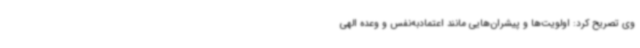
وی تصریح کرد: اولویت‌ها و پیشران‌هایی مانند اعتمادبه‌نفس و وعده الهی